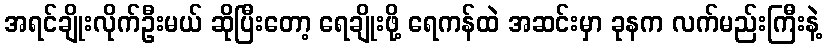
အရင်ချိုးလိုက်ဦးမယ် ဆိုပြီးတော့ ရေချိုးဖို့ ရေကန်ထဲ အဆင်းမှာ ခုနက လက်မည်းကြီးနဲ့